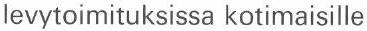
levytoimituksissa kotimaisille